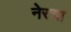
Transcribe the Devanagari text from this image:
नेरचा